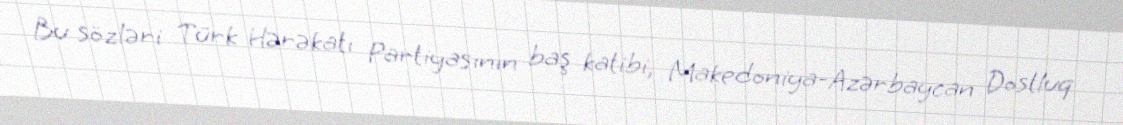
Bu sözləri Türk Hərəkatı Partiyasının baş katibi, Makedoniya-Azərbaycan Dostluq